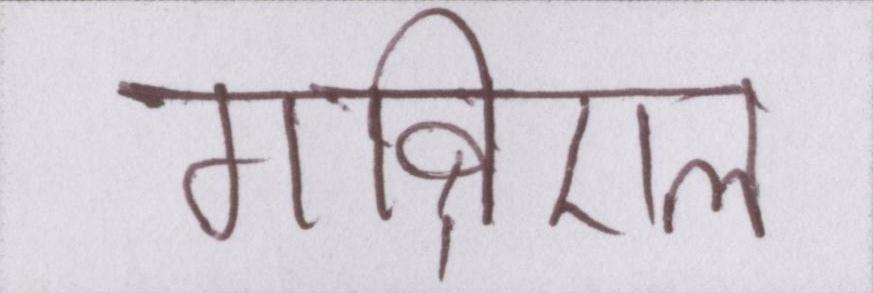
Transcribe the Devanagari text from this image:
गाब्रिएल